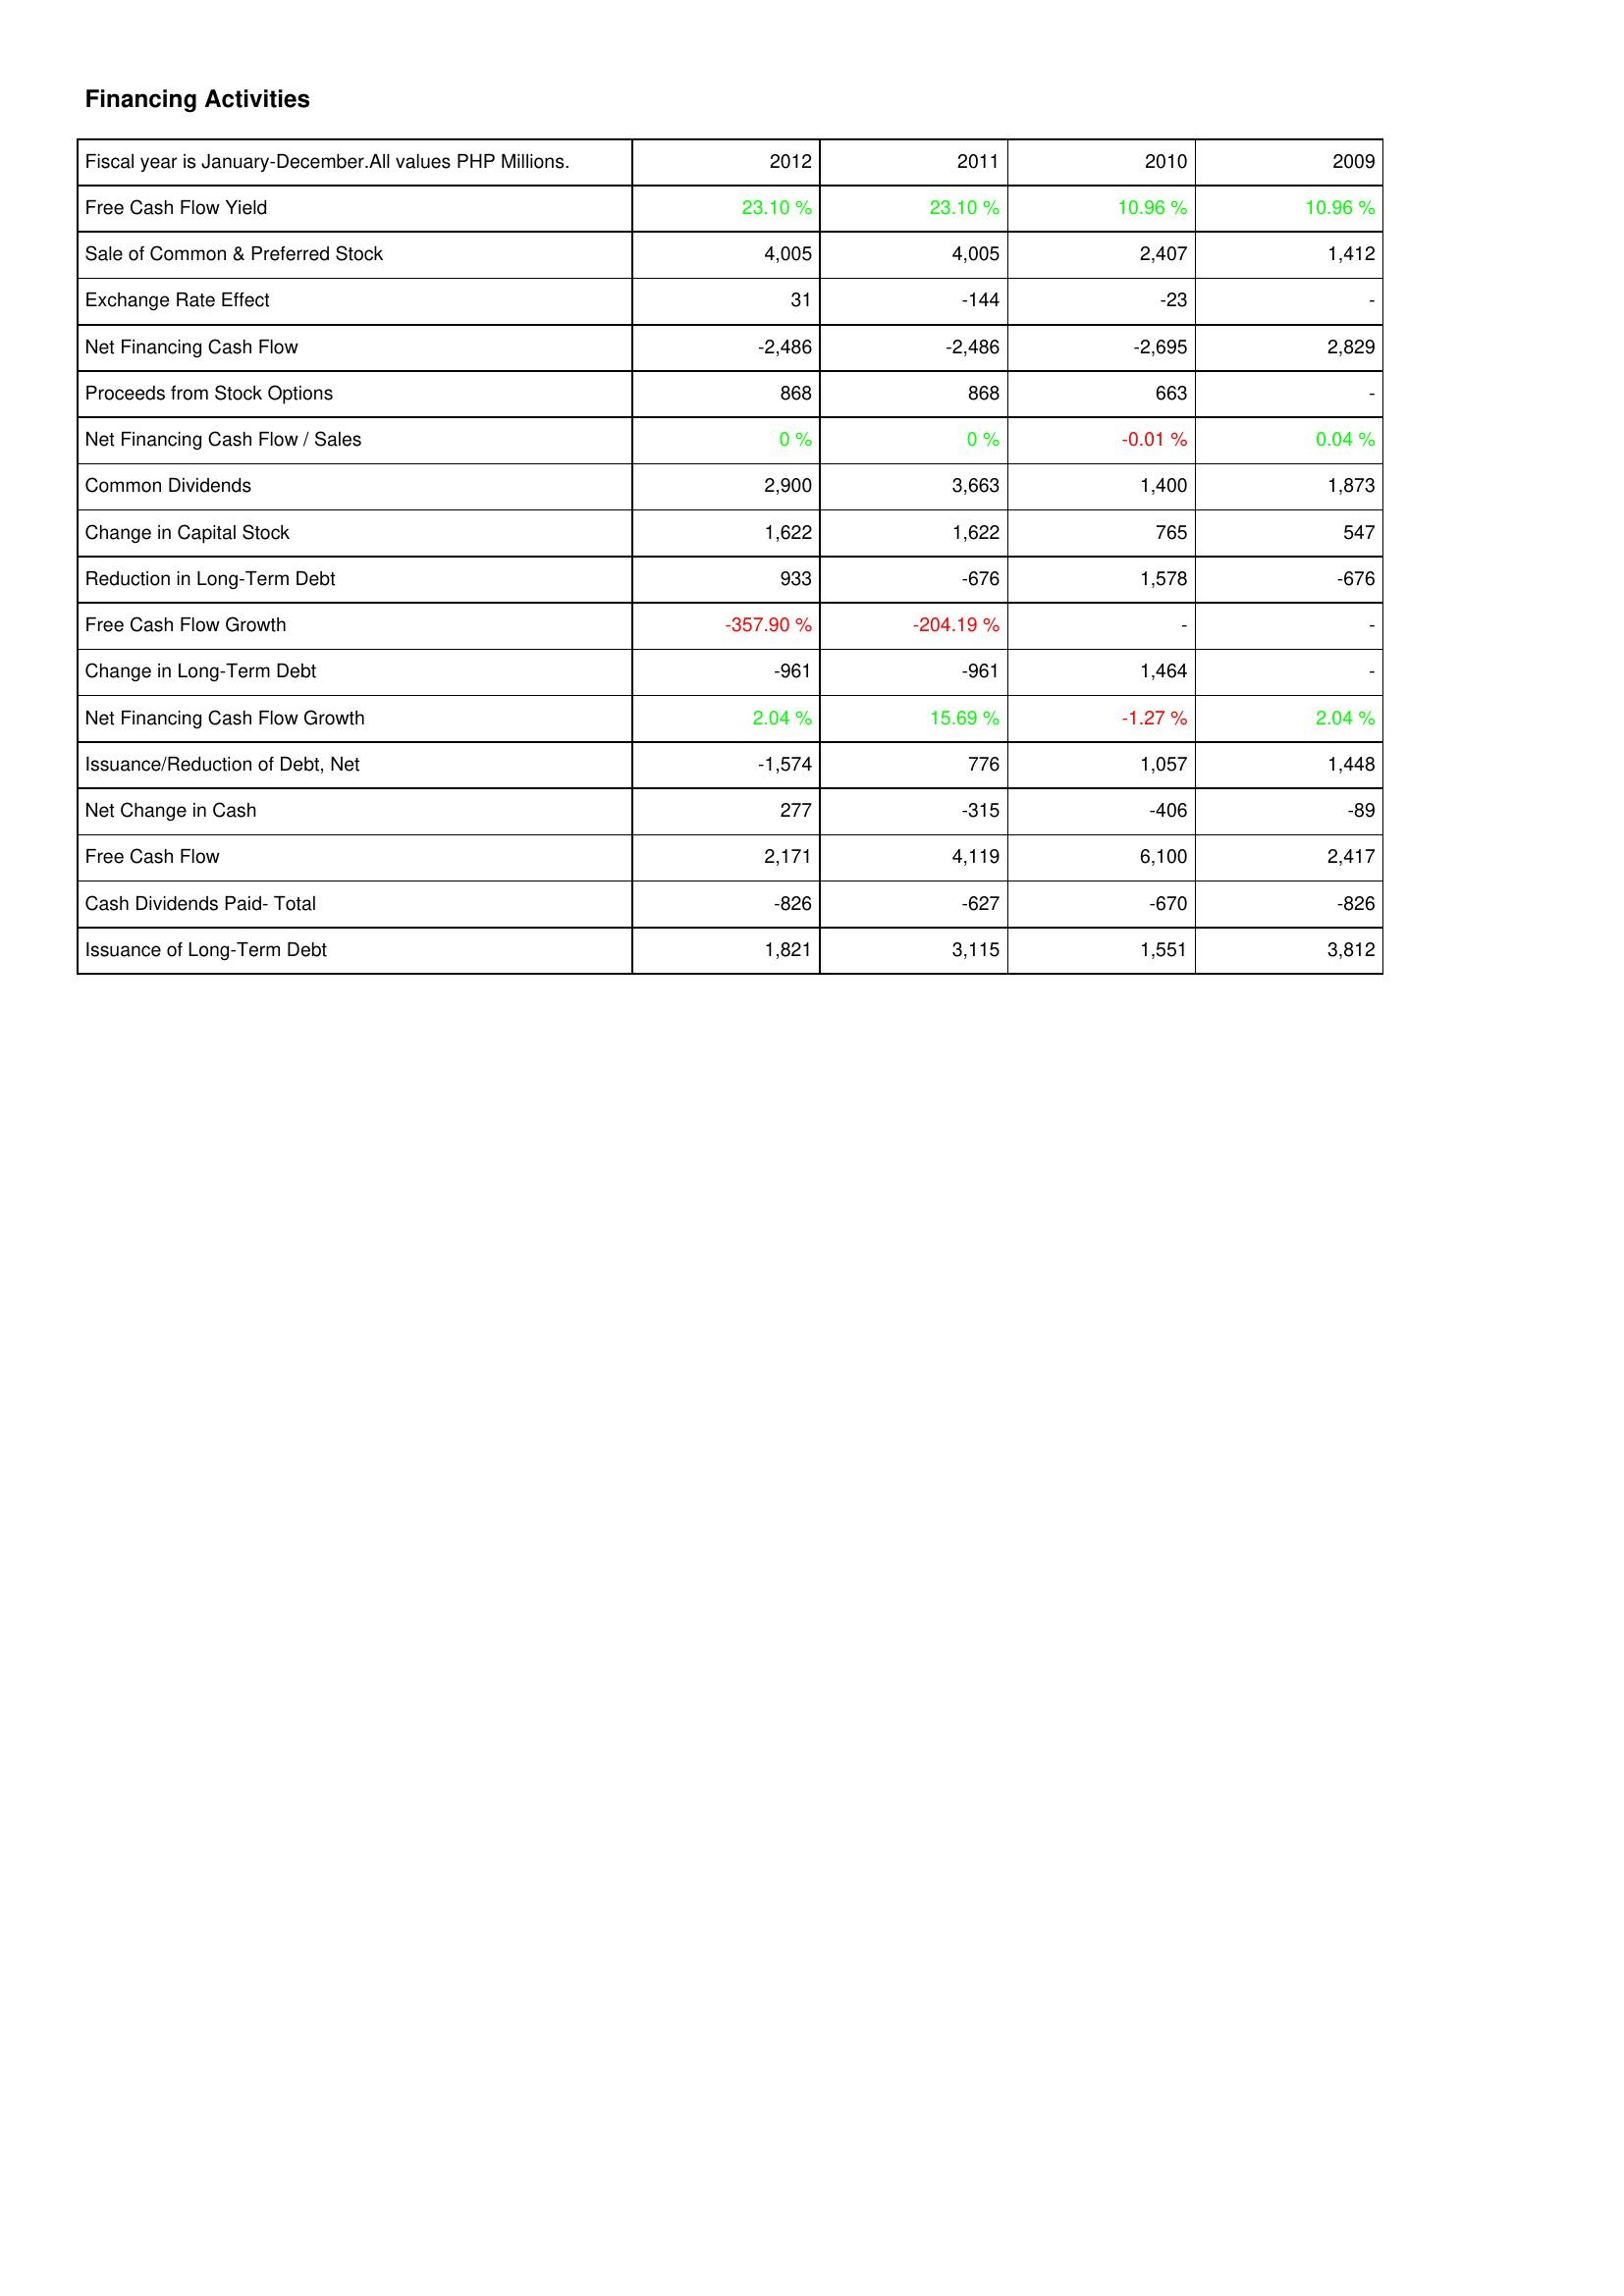
2012: Financing Activities: Free Cash Flow Yield: 23.10 %
Sale of Common & Preferred Stock: 4,005
Exchange Rate Effect: 31
Net Financing Cash Flow: -2,486
Proceeds from Stock Options: 868
Net Financing Cash Flow / Sales: 0 %
Common Dividends: 2,900
Change in Capital Stock: 1,622
Reduction in Long-Term Debt: 933
Free Cash Flow Growth: -357.90 %
Change in Long-Term Debt: -961
Net Financing Cash Flow Growth: 2.04 %
Issuance/Reduction of Debt, Net: -1,574
Net Change in Cash: 277
Free Cash Flow: 2,171
Cash Dividends Paid- Total: -826
Issuance of Long-Term Debt: 1,821
2011: Financing Activities: Free Cash Flow Yield: 23.10 %
Sale of Common & Preferred Stock: 4,005
Exchange Rate Effect: -144
Net Financing Cash Flow: -2,486
Proceeds from Stock Options: 868
Net Financing Cash Flow / Sales: 0 %
Common Dividends: 3,663
Change in Capital Stock: 1,622
Reduction in Long-Term Debt: -676
Free Cash Flow Growth: -204.19 %
Change in Long-Term Debt: -961
Net Financing Cash Flow Growth: 15.69 %
Issuance/Reduction of Debt, Net: 776
Net Change in Cash: -315
Free Cash Flow: 4,119
Cash Dividends Paid- Total: -627
Issuance of Long-Term Debt: 3,115
2010: Financing Activities: Free Cash Flow Yield: 10.96 %
Sale of Common & Preferred Stock: 2,407
Exchange Rate Effect: -23
Net Financing Cash Flow: -2,695
Proceeds from Stock Options: 663
Net Financing Cash Flow / Sales: -0.01 %
Common Dividends: 1,400
Change in Capital Stock: 765
Reduction in Long-Term Debt: 1,578
Free Cash Flow Growth: -
Change in Long-Term Debt: 1,464
Net Financing Cash Flow Growth: -1.27 %
Issuance/Reduction of Debt, Net: 1,057
Net Change in Cash: -406
Free Cash Flow: 6,100
Cash Dividends Paid- Total: -670
Issuance of Long-Term Debt: 1,551
2009: Financing Activities: Free Cash Flow Yield: 10.96 %
Sale of Common & Preferred Stock: 1,412
Exchange Rate Effect: -
Net Financing Cash Flow: 2,829
Proceeds from Stock Options: -
Net Financing Cash Flow / Sales: 0.04 %
Common Dividends: 1,873
Change in Capital Stock: 547
Reduction in Long-Term Debt: -676
Free Cash Flow Growth: -
Change in Long-Term Debt: -
Net Financing Cash Flow Growth: 2.04 %
Issuance/Reduction of Debt, Net: 1,448
Net Change in Cash: -89
Free Cash Flow: 2,417
Cash Dividends Paid- Total: -826
Issuance of Long-Term Debt: 3,812